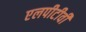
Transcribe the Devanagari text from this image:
एलपीटीवी